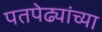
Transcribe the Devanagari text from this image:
पतपेढ्यांच्या